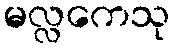
မလ္လကေသု